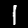
Label: 1